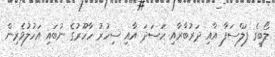
ލޯބީގެ ފަލްސަފާ އާއި ދަރުބާރާއި ހަސަދަ އާއި ސިހުރު ހާހޫރުގެ ނުބައި އަހުލުވެރިން